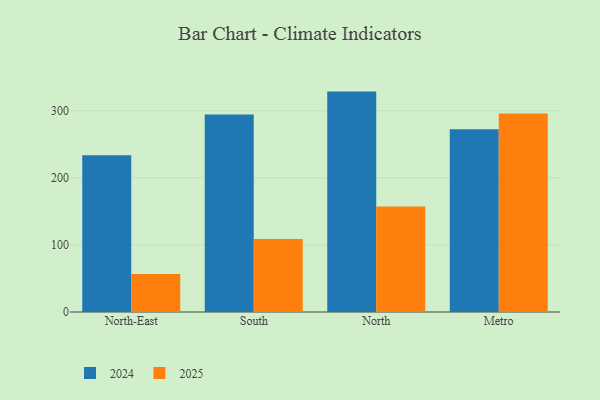
{"axis": {"x": "Region", "y": "Demand Index"}, "legend": ["2024", "2025"], "data": [{"x": "North-East", "y": 56.7, "type": "2025"}, {"x": "North-East", "y": 233.7, "type": "2024"}, {"x": "South", "y": 108.8, "type": "2025"}, {"x": "South", "y": 294.2, "type": "2024"}, {"x": "North", "y": 157.1, "type": "2025"}, {"x": "North", "y": 328.5, "type": "2024"}, {"x": "Metro", "y": 295.8, "type": "2025"}, {"x": "Metro", "y": 272.3, "type": "2024"}]}